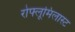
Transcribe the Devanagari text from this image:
रोफ्लूमिलास्ट